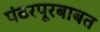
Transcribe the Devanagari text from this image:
पंढरपूरबाबत